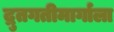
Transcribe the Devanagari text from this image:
द्रुतगतीमार्गाला